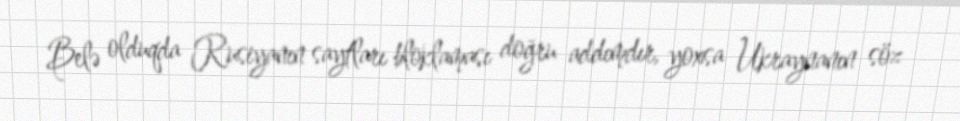
Belə olduqda Rusiyanın saytları bloklaması doğru addımdır, yoxsa Ukraynanın söz